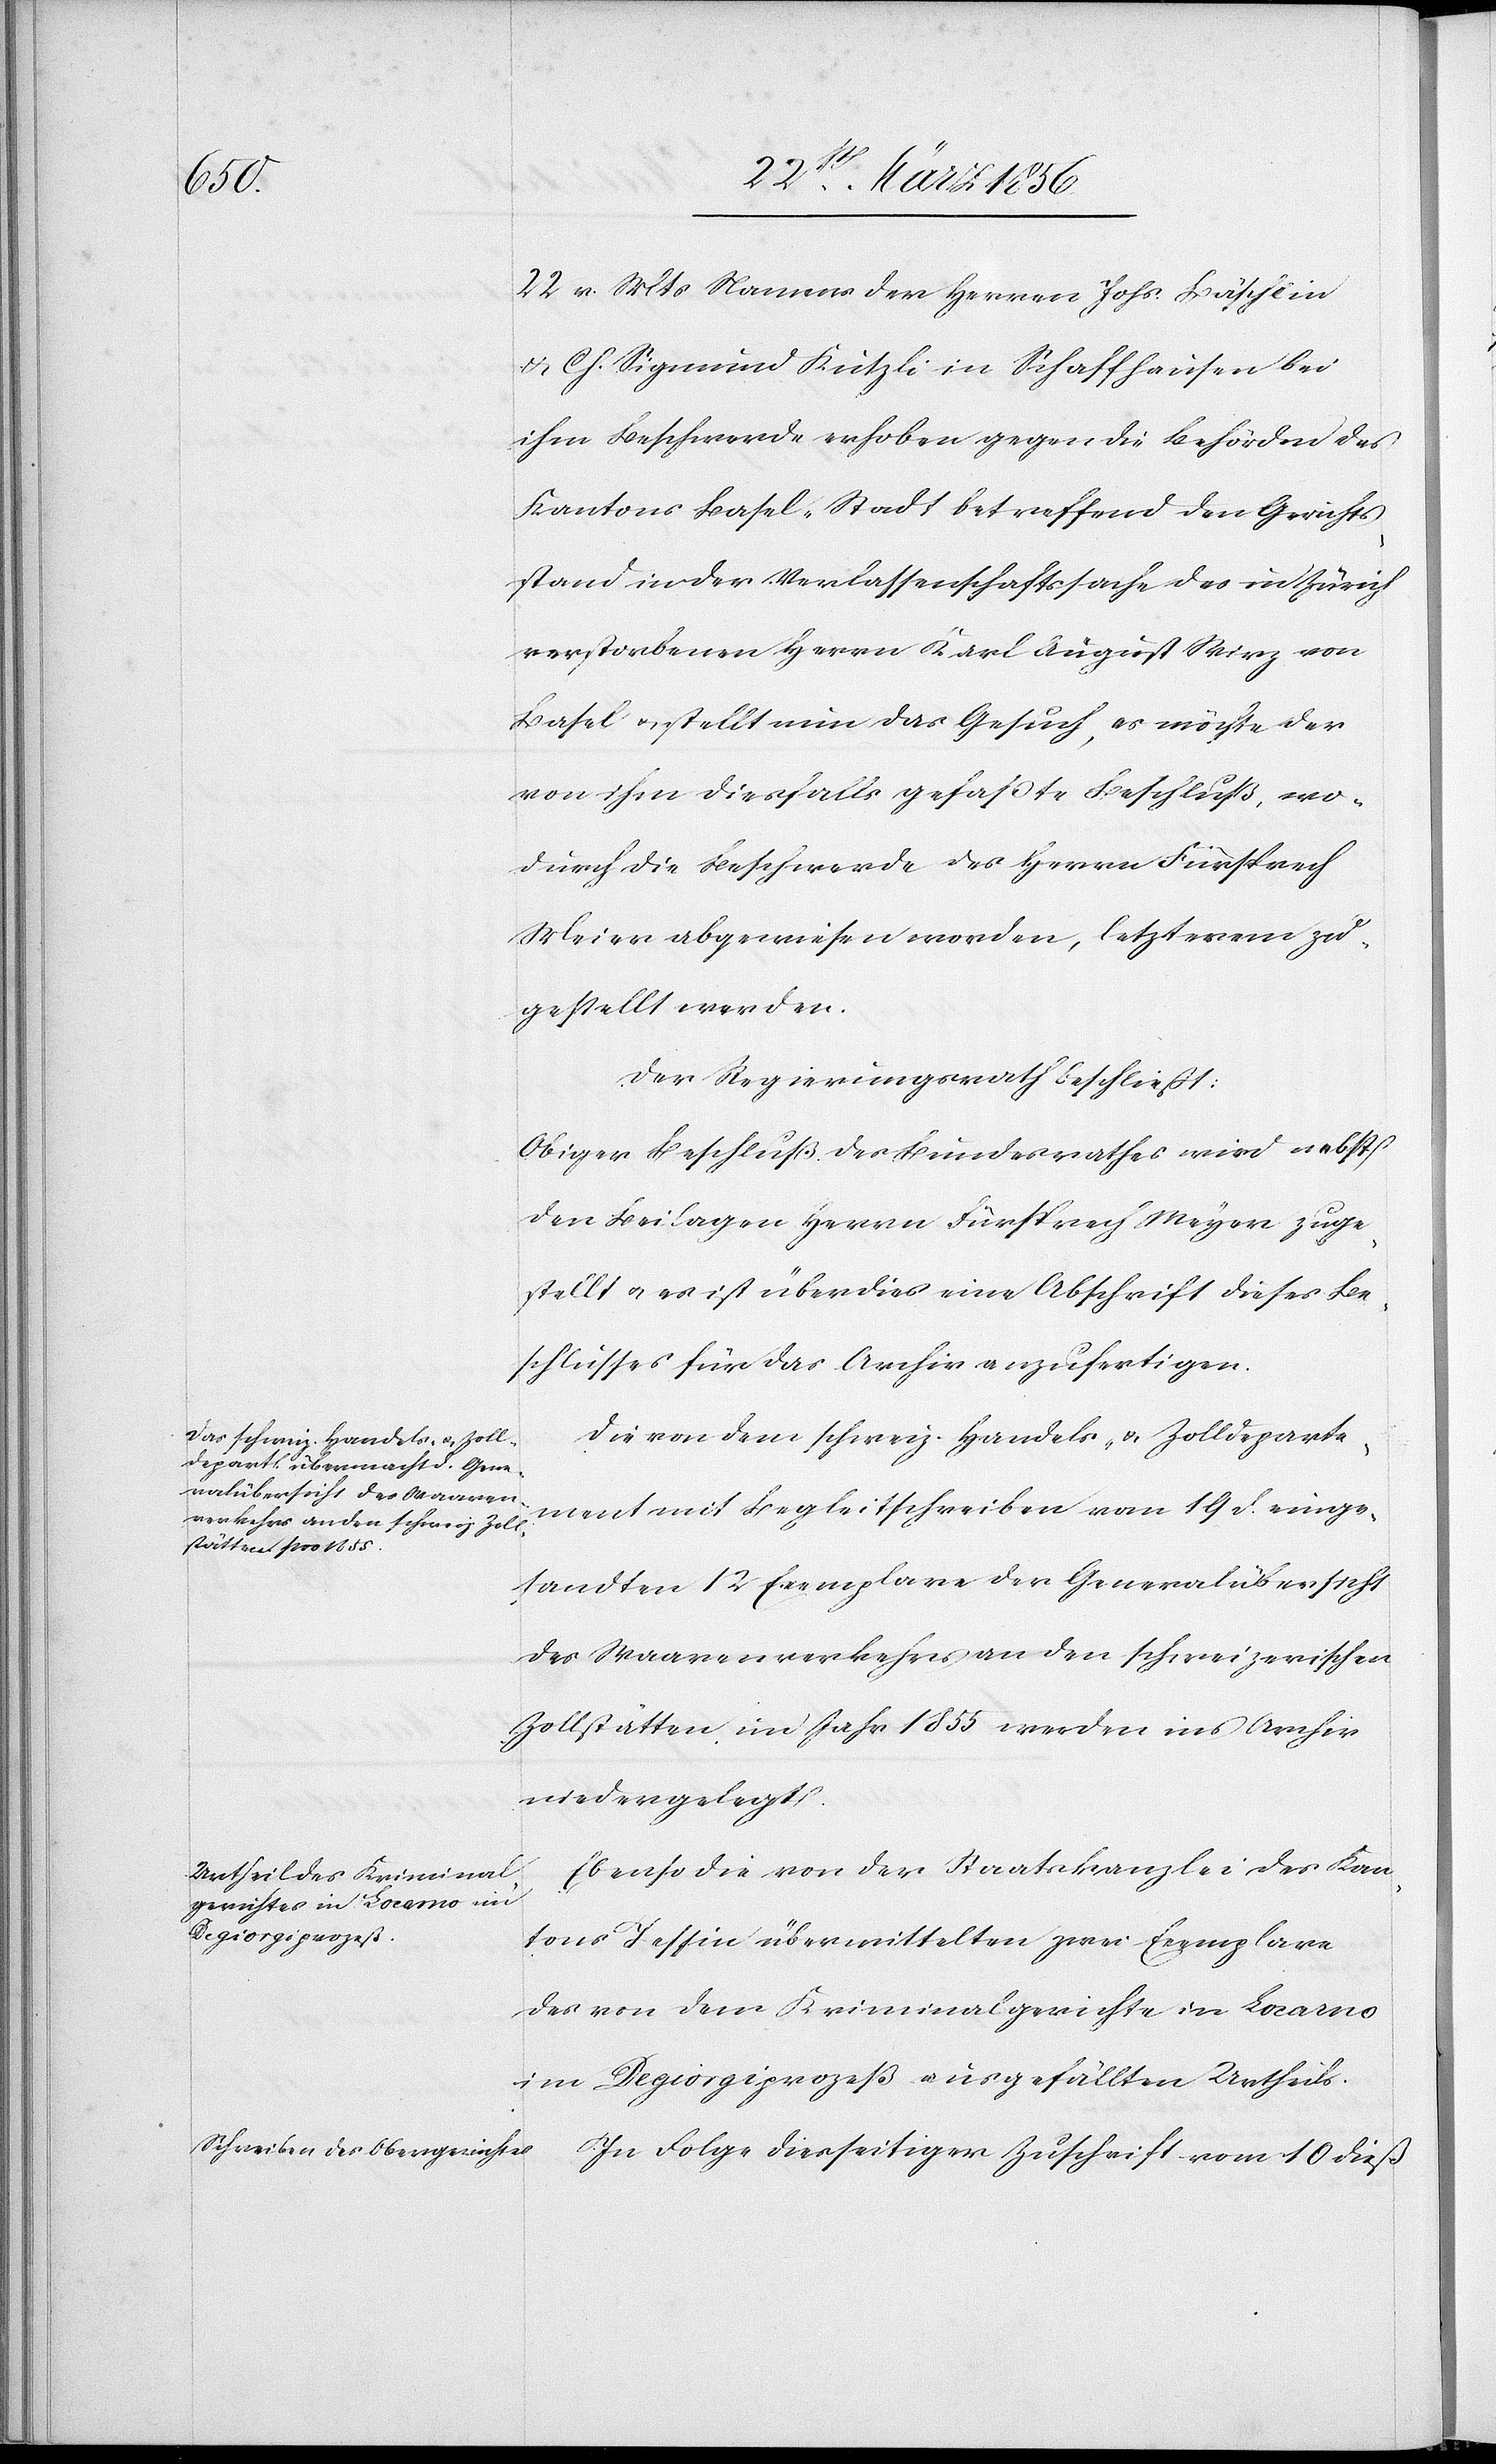
22 v. Mts Namens der Herren Johs. Bäschlin
& Ch. Sigmund Kutzli in Schaffhausen bei
ihm Beschwerde erhoben gegen die Behörden des
Kantons Basel-Stadt betreffend den Gerichts¬
stand in der Verlassenschaftssache des in Zürich
verstorbenen Herrn Karl August Wirz von
Basel u. stellt nun das Gesuch, es möchte der
von ihm diesfalls gefaßte Beschluß, wo¬
durch die Beschwerde des Herrn Fürsprech
Meier abgewiesen worden, letzterem zu¬
gestellt werden.
Der Regierungsrath beschließt:
Obiger Beschluß des Bundesrathes wird nebst
den Beilagen Herrn Fürsprech Meyer zuge¬
stellt u. es ist überdies eine Abschrift dieses Be¬
schlusses für das Archiv anzufertigen.
Die von dem schweiz. Handels- & Zolldeparte¬
ment mit Begleitschreiben vom 19 d. einge¬
sandten 12 Exemplare der Generalübersicht
des Waarenverkehrs an den schweizerischen
Zollstätten im Jahr 1855 werden ins Archiv
niedergelegt.
Ebenso die von der Staatskanzlei des Kan¬
tons Tessin übermittelten zwei Exemplare
des von dem Kriminalgerichte in Locarno
im Degiorgiprozeß ausgefällten Urtheils.
In Folge diesseitiger Zuschrift vom 10 dieß